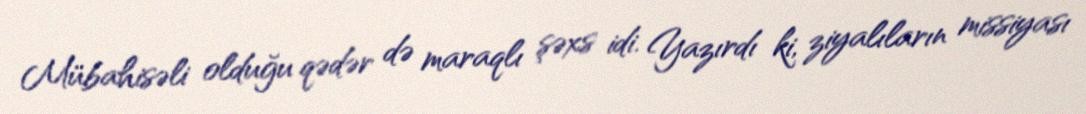
Mübahisəli olduğu qədər də maraqlı şəxs idi. Yazırdı ki, ziyalıların missiyası